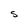
Character: S